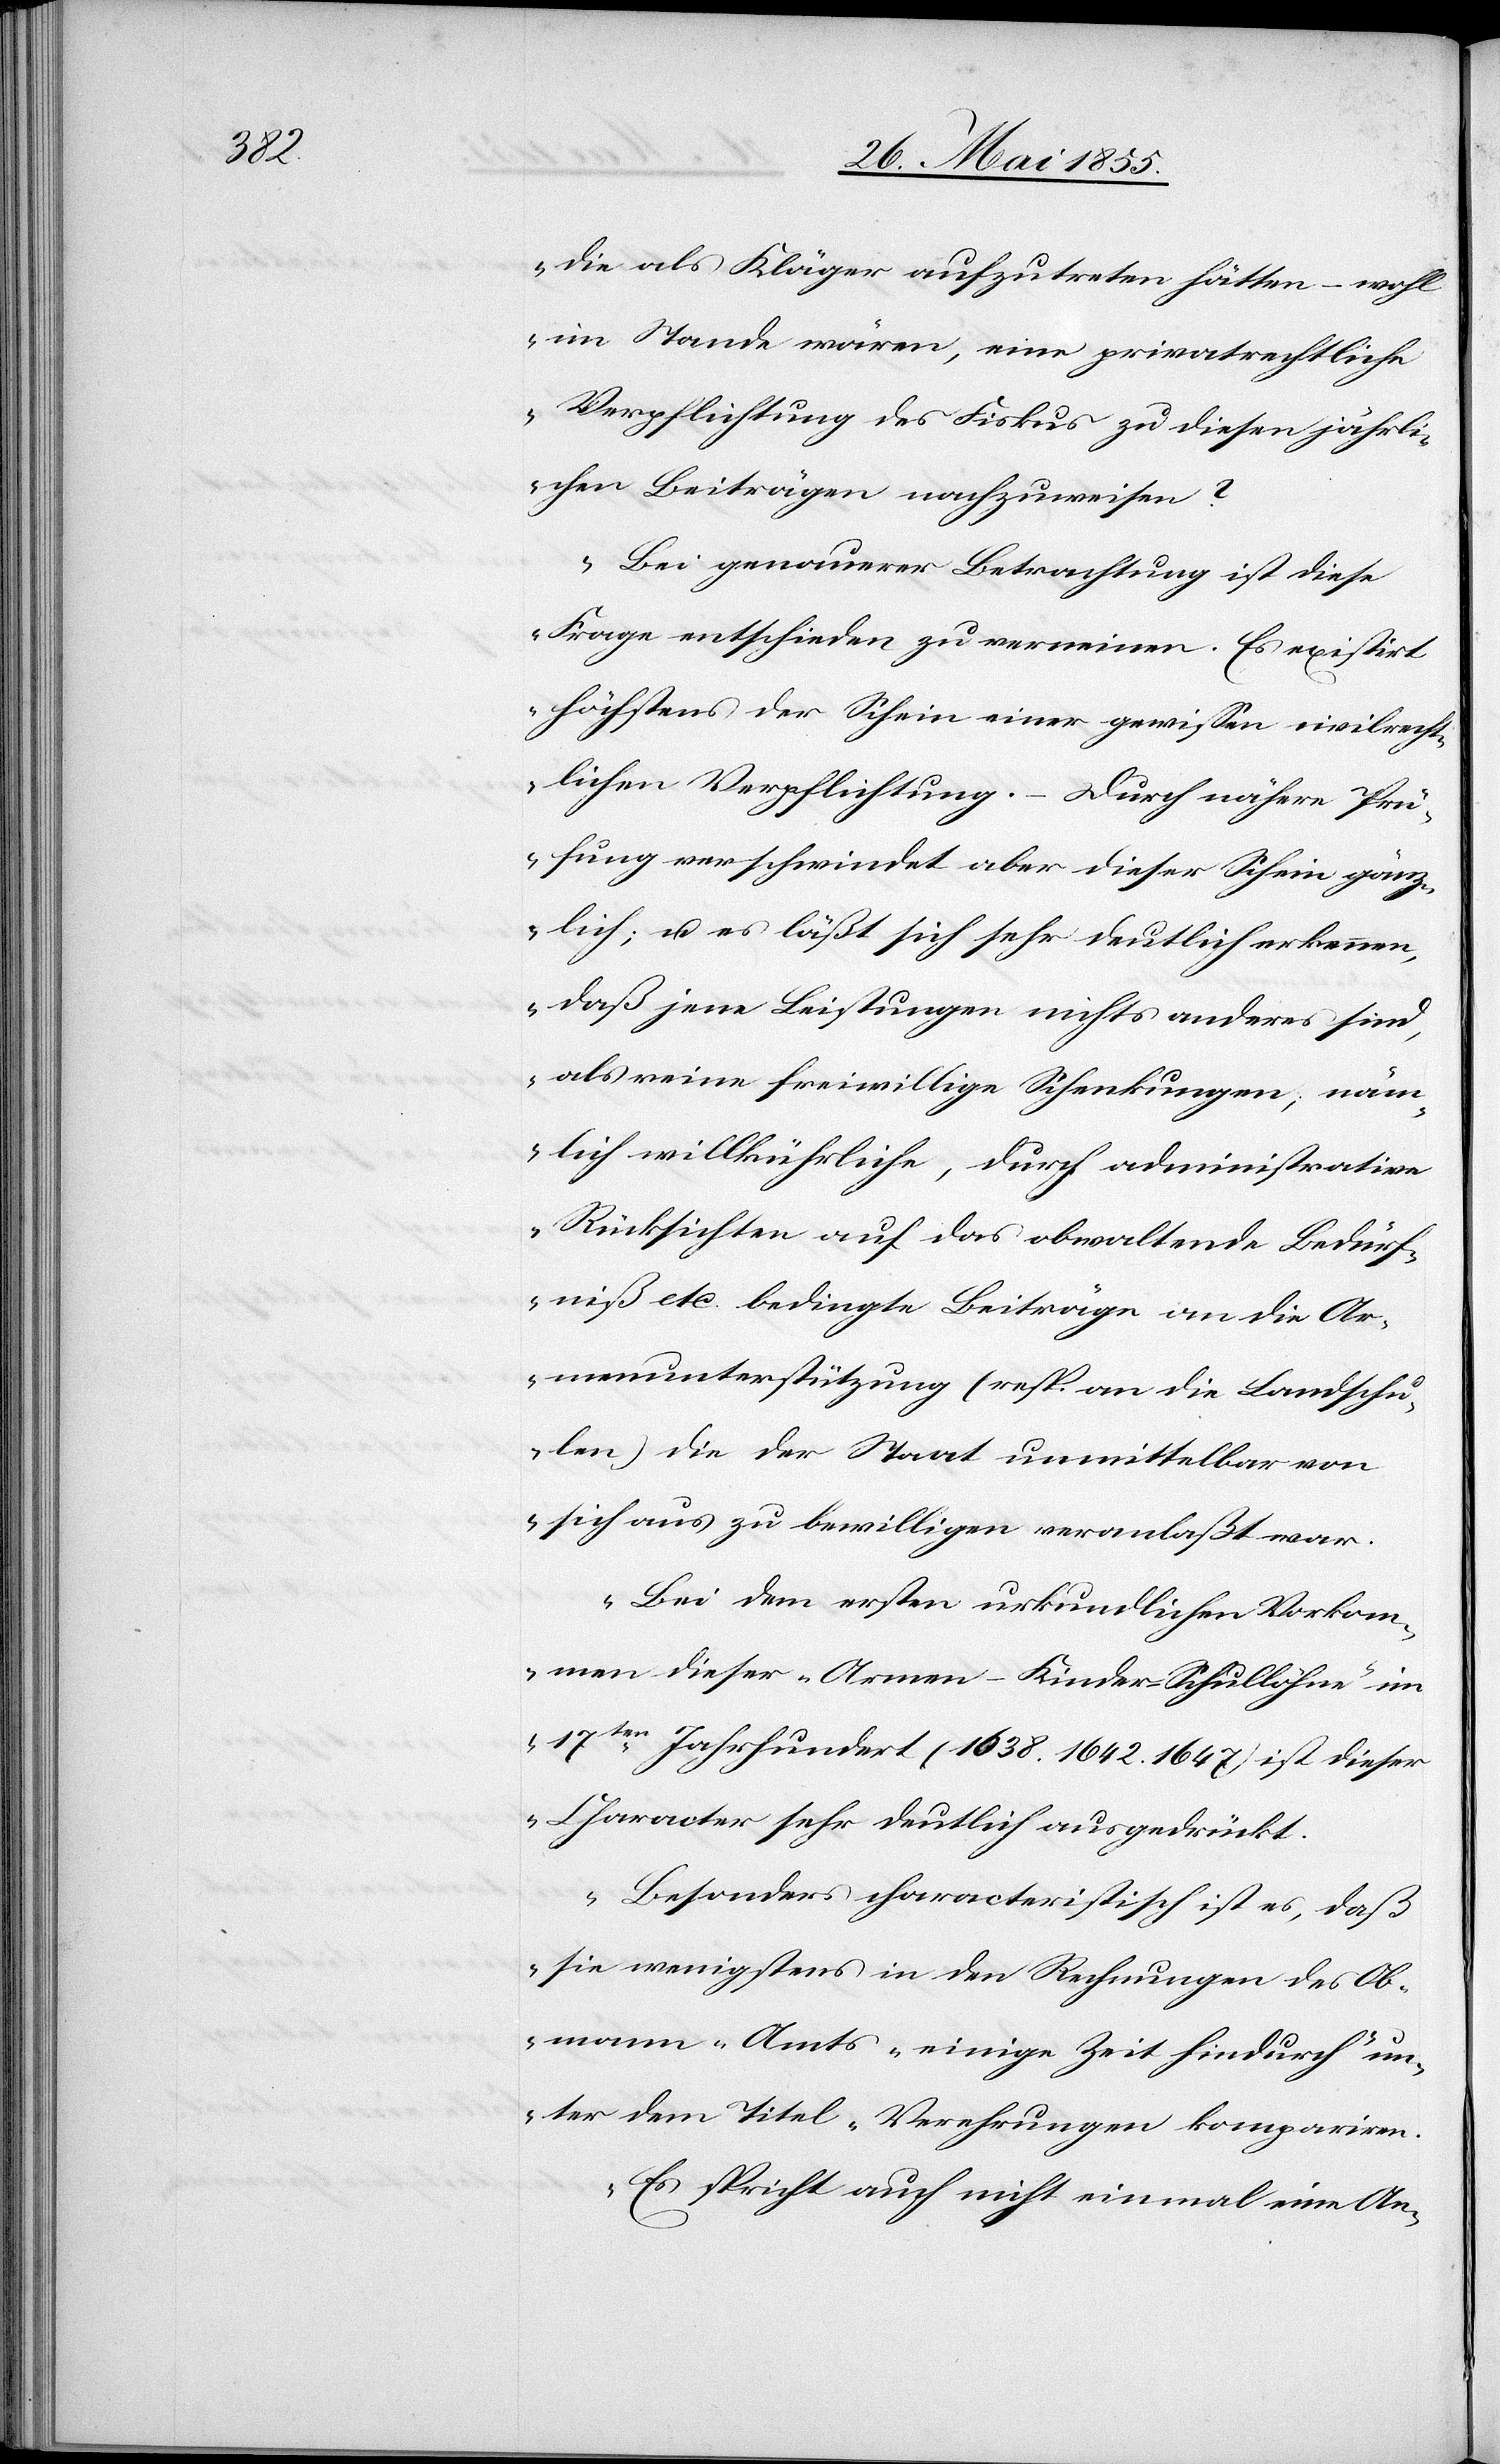
die als Kläger aufzutreten hätten – wohl
im Stande wären, eine privatrechtliche
Verpflichtung des Fiskus zu diesen jährli¬
chen Beiträgen nachzuweisen?
Bei genauerer Betrachtung ist diese
Frage entschieden zu verneinen. Es existirt
höchstens der Schein einer gewissen civilrecht¬
lichen Verpflichtung. – Durch nähere Prü¬
fung verschwindet aber dieser Schein gänz¬
lich; u. es läßt sich sehr deutlich erkennen,
daß jene Leistungen nichts anderes sind,
als reine freiwillige Schenkungen, näm¬
lich willkührliche, durch administrative
Rücksichten auf das obwaltende Bedürf¬
niß etc. bedingte Beiträge an die Ar¬
menunterstützung (resp. an die Landschu¬
len) die der Staat unmittelbar von
sich aus zu bewilligen veranlaßt war.
Bei dem ersten urkundlichen Vorkom¬
men dieser ‚Armen-Kinder-Schullöhne‘ im
17ten Jahrhundert (1638. 1642. 1647) ist dieser
Character sehr deutlich ausgedrückt.
Besonders characteristisch ist es, daß
sie wenigstens in den Rechnungen des Ob¬
mann-Amts einige Zeit hindurch un¬
ter dem Titel ‚Verehrungen[‘] kompariren.
Es spricht auch nicht einmal eine An-